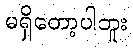
မရှိတော့ပါဘူး